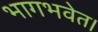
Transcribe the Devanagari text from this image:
भागभवेत।